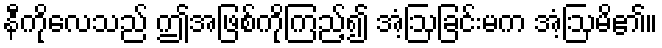
နီကိုလေသည် ဤအဖြစ်ကိုကြည့်၍ အံ့ဩခြင်းမက အံ့ဩမိ၏။